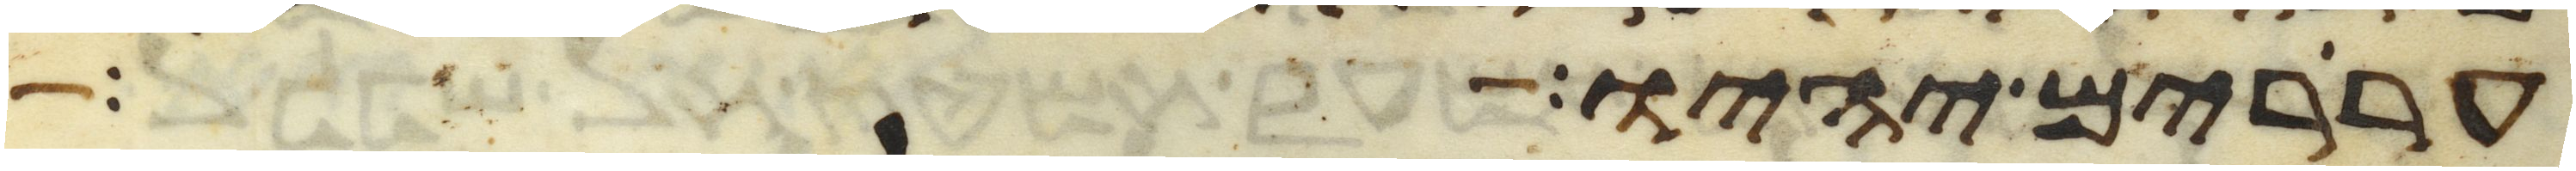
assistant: עררים יהיו ושמרתם